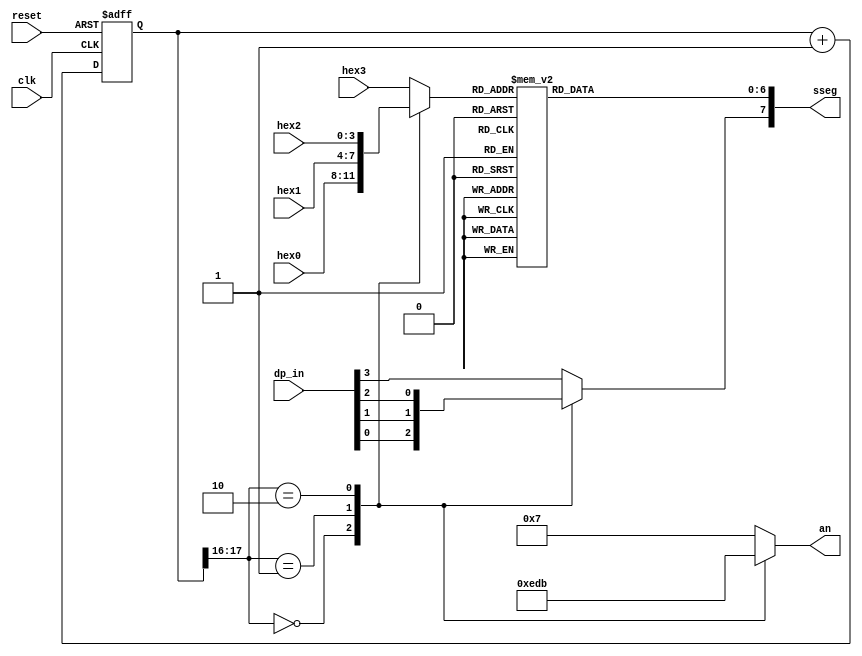
//Listing 4.15
//Chapter 4
//Page 104
//Copyright 2008

module disp_hex_mux
    (
     input wire clk, reset,
     input wire [3:0] hex3, hex2, hex1, hex0,       // hex digits
     input wire [3:0] dp_in,                        // 4 decimal points
     output reg [3:0] an,                           // enable 1-out-of-4 asserted low
     output reg [7:0] sseg  // led segments
    );
    
    // constant declaration
    // refreshing rate around 800 Hz ( 50MHz / 2^16 )
    localparam N = 18;
    // internal signal declaration
    reg [N-1:0]  q_reg;
    wire [N-1:0] q_next;
    reg [3:0] hex_in;
    reg dp;
    
    // N-bit counter
    // register
    always @(posedge clk, posedge reset)
    begin
        if (reset)
            q_reg <= 0;
        else
            q_reg <= q_next;
    end
    
    // next-state logic
    assign q_next = q_reg + 1;
    
    // 2 MSBs of counter are used to control 4-to-1 multiplexing
    // and to generate active-low enable signal
    
    always @*
    begin
        case (q_reg[N-1:N-2])
            2'b00:
                begin
                    an = 4'b1110;
                    hex_in = hex0;
                    dp = dp_in[0];
                end
            2'b01:
                begin
                    an = 4'b1101;
                    hex_in = hex1;
                    dp = dp_in[1];
                end
            2'b10:
                begin
                    an = 4'b1011;
                    hex_in = hex2;
                    dp = dp_in[2];
                end
            default:
                begin
                    an = 4'b0111;
                    hex_in = hex3;
                    dp = dp_in[3];
                end
        endcase
    end
    
    // hex to seven-segment LED display
    always @*
    begin
        case(hex_in)
            4'h0:    sseg[6:0] = 7'b0000001;
            4'h1:    sseg[6:0] = 7'b1001111;
            4'h2:    sseg[6:0] = 7'b0010010;
            4'h3:    sseg[6:0] = 7'b0000110;
            4'h4:    sseg[6:0] = 7'b1001100;
            4'h5:    sseg[6:0] = 7'b0100100;
            4'h6:    sseg[6:0] = 7'b0100000;
            4'h7:    sseg[6:0] = 7'b0001111;
            4'h8:    sseg[6:0] = 7'b0000000;
            4'h9:    sseg[6:0] = 7'b0000100;
            4'ha:    sseg[6:0] = 7'b0001000;
            4'hb:    sseg[6:0] = 7'b1100000;
            4'hc:    sseg[6:0] = 7'b0110001;
            4'hd:    sseg[6:0] = 7'b1000010;
            4'he:    sseg[6:0] = 7'b0110000;
            default: sseg[6:0] = 7'b0111000;        // 4'hf
        endcase
        sseg[7] = dp;       // Decimal place is lit if DP is low
    end
    
endmodule   // disp_hex_mux